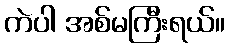
ကဲပါ အစ်မကြီးရယ်။